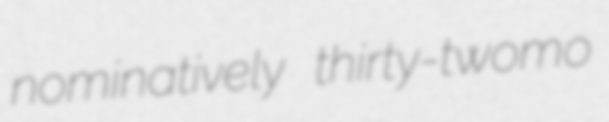
nominatively thirty-twomo